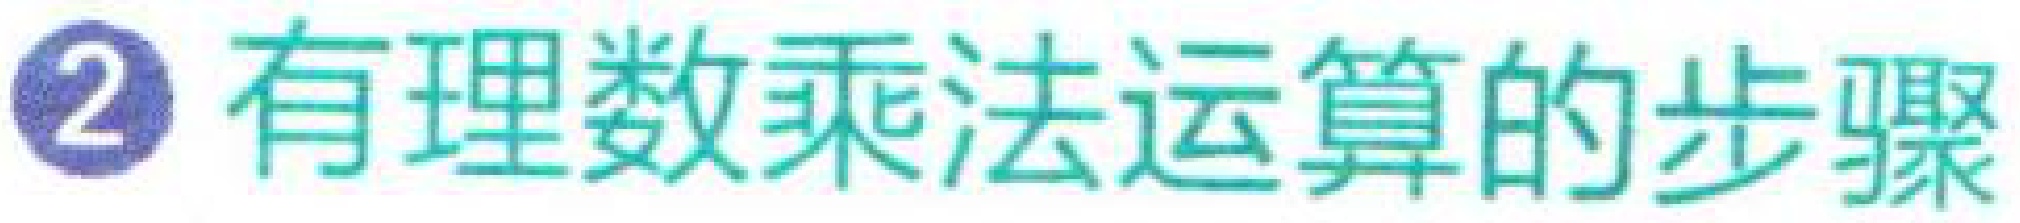
\textcircled{2} 有理数乘法运算的步骤